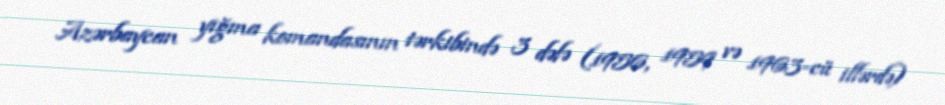
Azərbaycan yığma komandasının tərkibində 3 dəfə (1956, 1959 və 1963-cü illərdə)